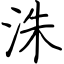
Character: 洙